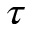
\tau